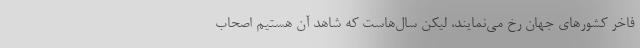
فاخر کشورهای جهان رخ می‌نمایند، ليكن سال‌هاست كه شاهد آن هستيم اصحاب